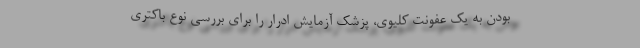
بودن به یک عفونت کلیوی، پزشک آزمایش ادرار را برای بررسی نوع باکتری